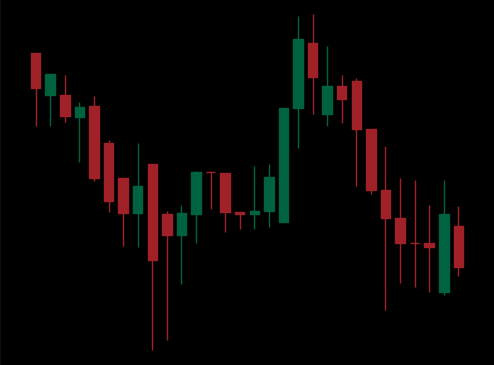
Pattern: unclassified